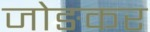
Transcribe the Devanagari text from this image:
जोङकर